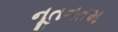
નૂતનતમ